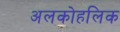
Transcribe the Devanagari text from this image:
अलकोहलिक